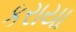
કરાયા